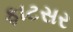
ફાટસર